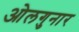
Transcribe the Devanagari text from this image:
ओलगुनार